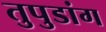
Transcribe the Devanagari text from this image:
तुपुडांग